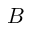
B